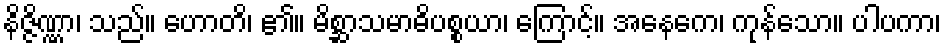
နိဇ္ဇိဏ္ဏာ၊ သည်။ ဟောတိ၊ ၏။ မိစ္ဆာသမာဓိပစ္စယာ၊ ကြောင့်။ အနေကေ၊ ကုန်သော။ ပါပကာ၊